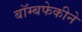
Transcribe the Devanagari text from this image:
बॉम्बफेकीने